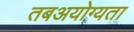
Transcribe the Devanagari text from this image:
तबअयोग्यता